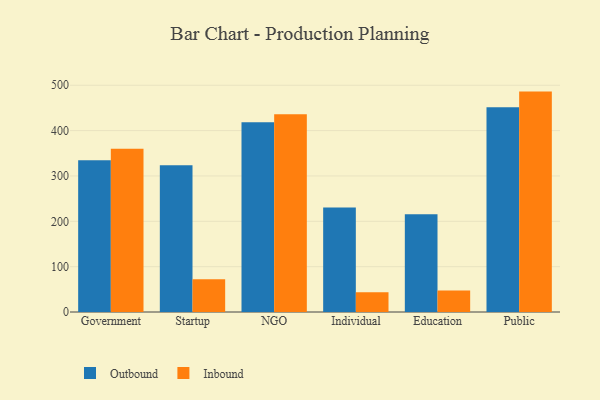
{"axis": {"x": "Segment", "y": "Active Users"}, "legend": ["Inbound", "Outbound"], "data": [{"x": "Government", "y": 334.8, "type": "Outbound"}, {"x": "Government", "y": 360.0, "type": "Inbound"}, {"x": "Startup", "y": 323.8, "type": "Outbound"}, {"x": "Startup", "y": 72.0, "type": "Inbound"}, {"x": "NGO", "y": 418.6, "type": "Outbound"}, {"x": "NGO", "y": 436.2, "type": "Inbound"}, {"x": "Individual", "y": 230.3, "type": "Outbound"}, {"x": "Individual", "y": 43.3, "type": "Inbound"}, {"x": "Education", "y": 215.4, "type": "Outbound"}, {"x": "Education", "y": 47.4, "type": "Inbound"}, {"x": "Public", "y": 451.7, "type": "Outbound"}, {"x": "Public", "y": 486.0, "type": "Inbound"}]}